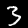
Digit: 3